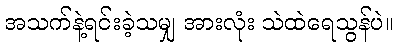
အသက်နဲ့ရင်းခဲ့သမျှ အားလုံး သဲထဲရေသွန်ပဲ။